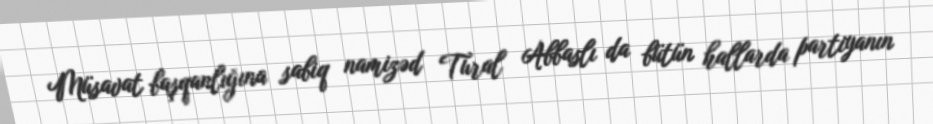
Müsavat başqanlığına sabiq namizəd Tural Abbaslı da bütün hallarda partiyanın